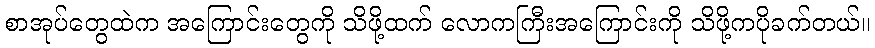
စာအုပ်တွေထဲက အကြောင်းတွေကို သိဖို့ထက် လောကကြီးအကြောင်းကို သိဖို့ကပိုခက်တယ်။